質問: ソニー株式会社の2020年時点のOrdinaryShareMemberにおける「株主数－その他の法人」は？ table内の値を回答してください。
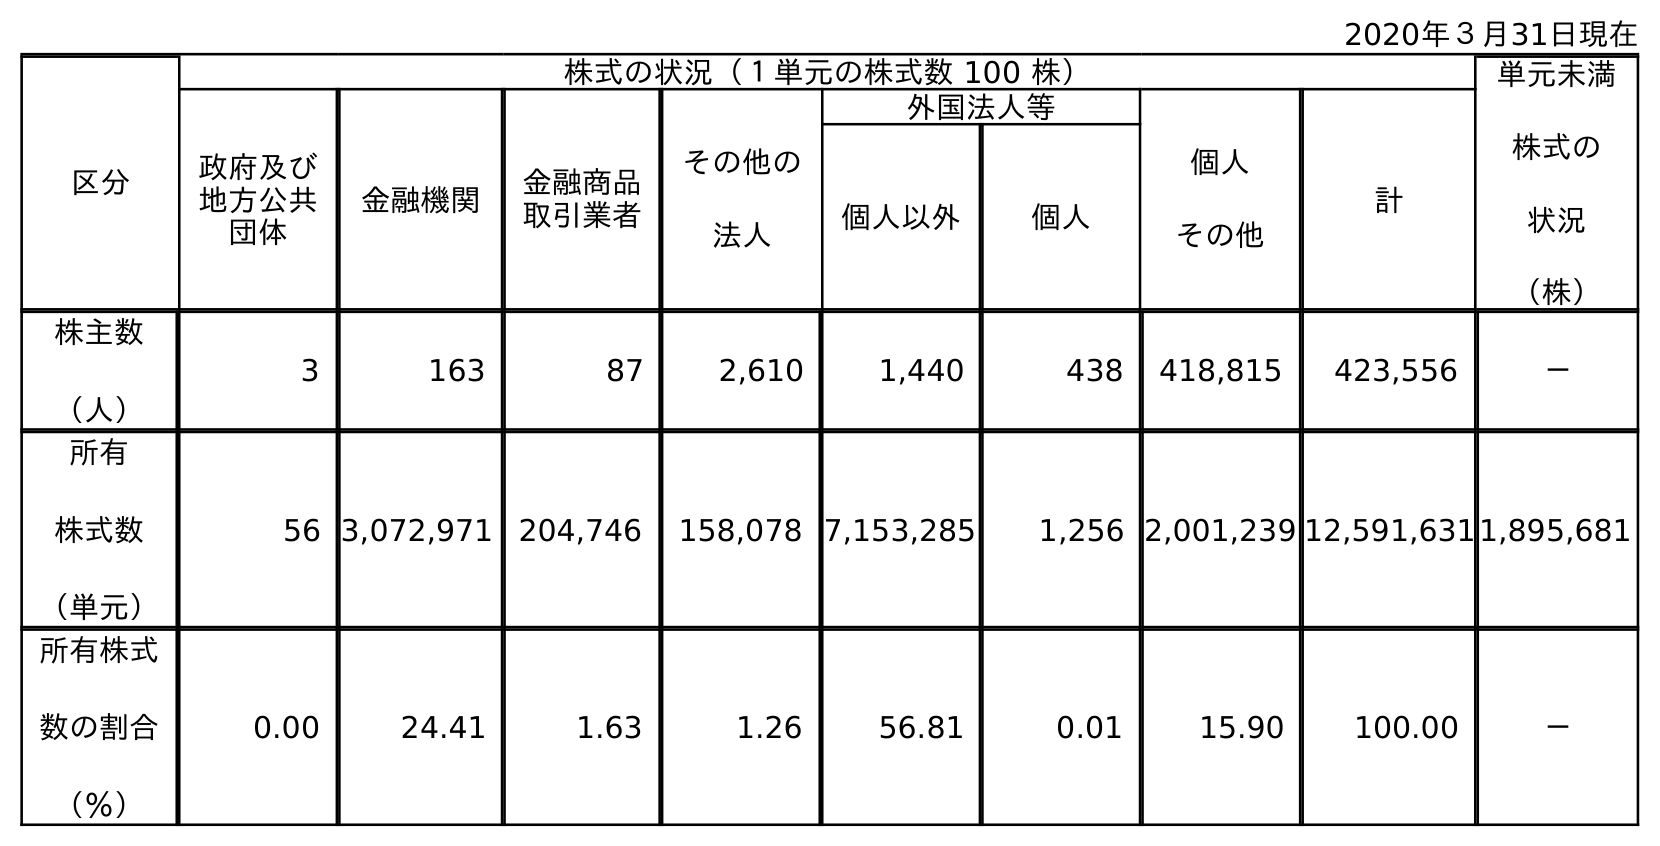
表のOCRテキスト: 2020年３月31日現在 区分 株式の状況（１単元の株式数 100 株） 単元未満 株式の 状況 （株） 政府及び 地方公共 団体 金融機関 金融商品 取引業者 その他の 法人 外国法人等 個人 その他 計 個人以外 個人 株主数 （人） 3 163 87 2,610 1,440 438 418,815 423,556 － 所有 株式数 （単元） 56 3,072,971 204,746 158,078 7,153,285 1,256 2,001,239 12,591,6311,895,681 所有株式 数の割合 （％） 0.00 24.41 1.63 1.26 56.81 0.01 15.90 100.00 －
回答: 2,610